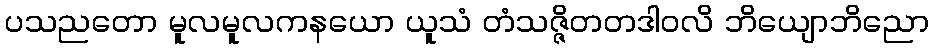
ပသညတော မူလမူလကနယော ယူသံ တံသဇ္ဇိတတဒါဝလိ ဘိယျောဘိညော